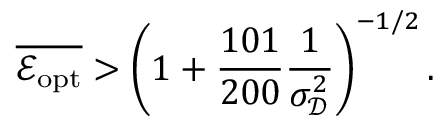
\overline { { \mathcal E _ { \mathrm { o p t } } } } > \left( 1 + \frac { 1 0 1 } { 2 0 0 } \frac { 1 } { \sigma _ { \mathscr D } ^ { 2 } } \right) ^ { - 1 / 2 } .